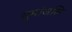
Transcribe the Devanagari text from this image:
सुमांजलि